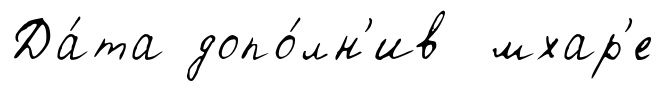
Да́та допо́лн'ив мхар'е